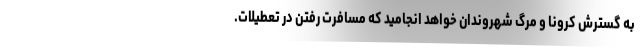
به گسترش کرونا و مرگ شهروندان خواهد انجامید که مسافرت رفتن در تعطیلات.